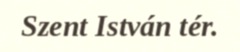
Szent István tér.